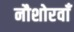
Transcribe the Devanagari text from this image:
नौशोरवाँ